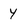
Character: y